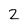
Character: 2